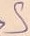
Text: S